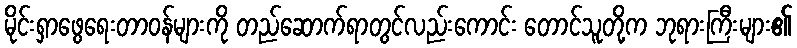
မိုင်းရှာဖွေရေးတာဝန်များကို တည်ဆောက်ရာတွင်လည်းကောင်း တောင်သူတို့က ဘုရားကြီးများ၏